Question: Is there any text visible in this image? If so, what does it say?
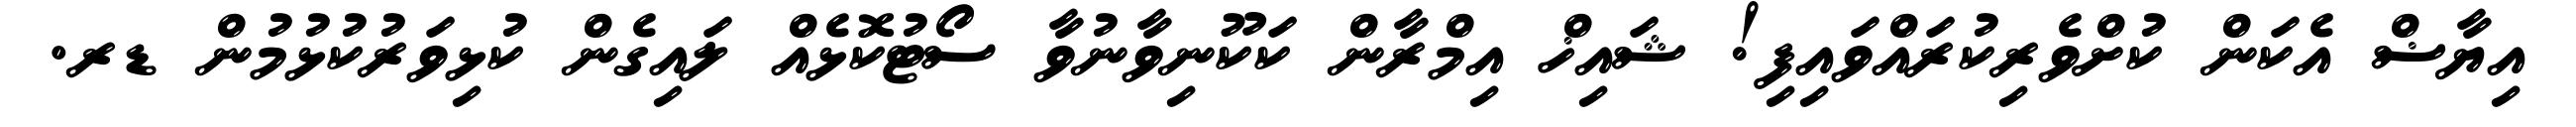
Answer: އިޔާޟް އެކަން ކުށްވެރިކުރައްވައިފި! ޝައިޚް އިމްރާން ކަކޫނިވާނުވާ ސޯޓުކޮޅެއް ލައިގެން ކުޅިވަރުކުޅުމުން ޑރ.